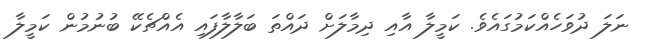
ނަލަ ދުވަހެއްކަމުގައެވެ. ކަމީލާ އާއި ދިމާލަށް ދައްތަ ބަލާލާފައި އެއްޗެކޭ ބުނުމުން ކަމީލާ